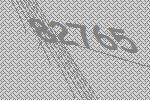
82765